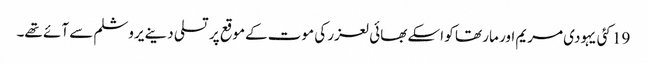
19 کئی یہودی مریم اور مار تھا کو اسکے بھائی لعزر کی موت کےموقع پر تسلی دینے یروشلم سے آئے تھے۔